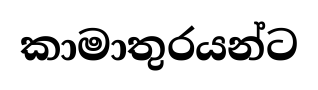
කාමාතුරයන්ට